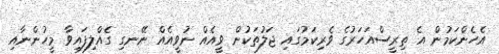
އެހެންކަމުން އެ ތިރީސްއަހަރުގެ ވެރިކަމުގައި ޖަލުތަކުން ވީއެއް ނުވީއެއް ނޭނގި ގެއްލިފައިވާ މީހުންނާއި